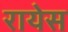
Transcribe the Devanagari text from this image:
रायेस